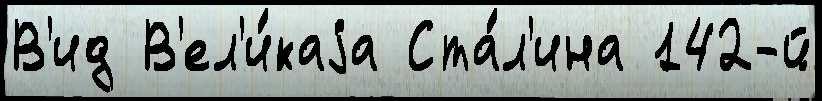
В'ид В'ел'и́каjа Ста́л'ина 142-й